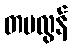
တမလွန်